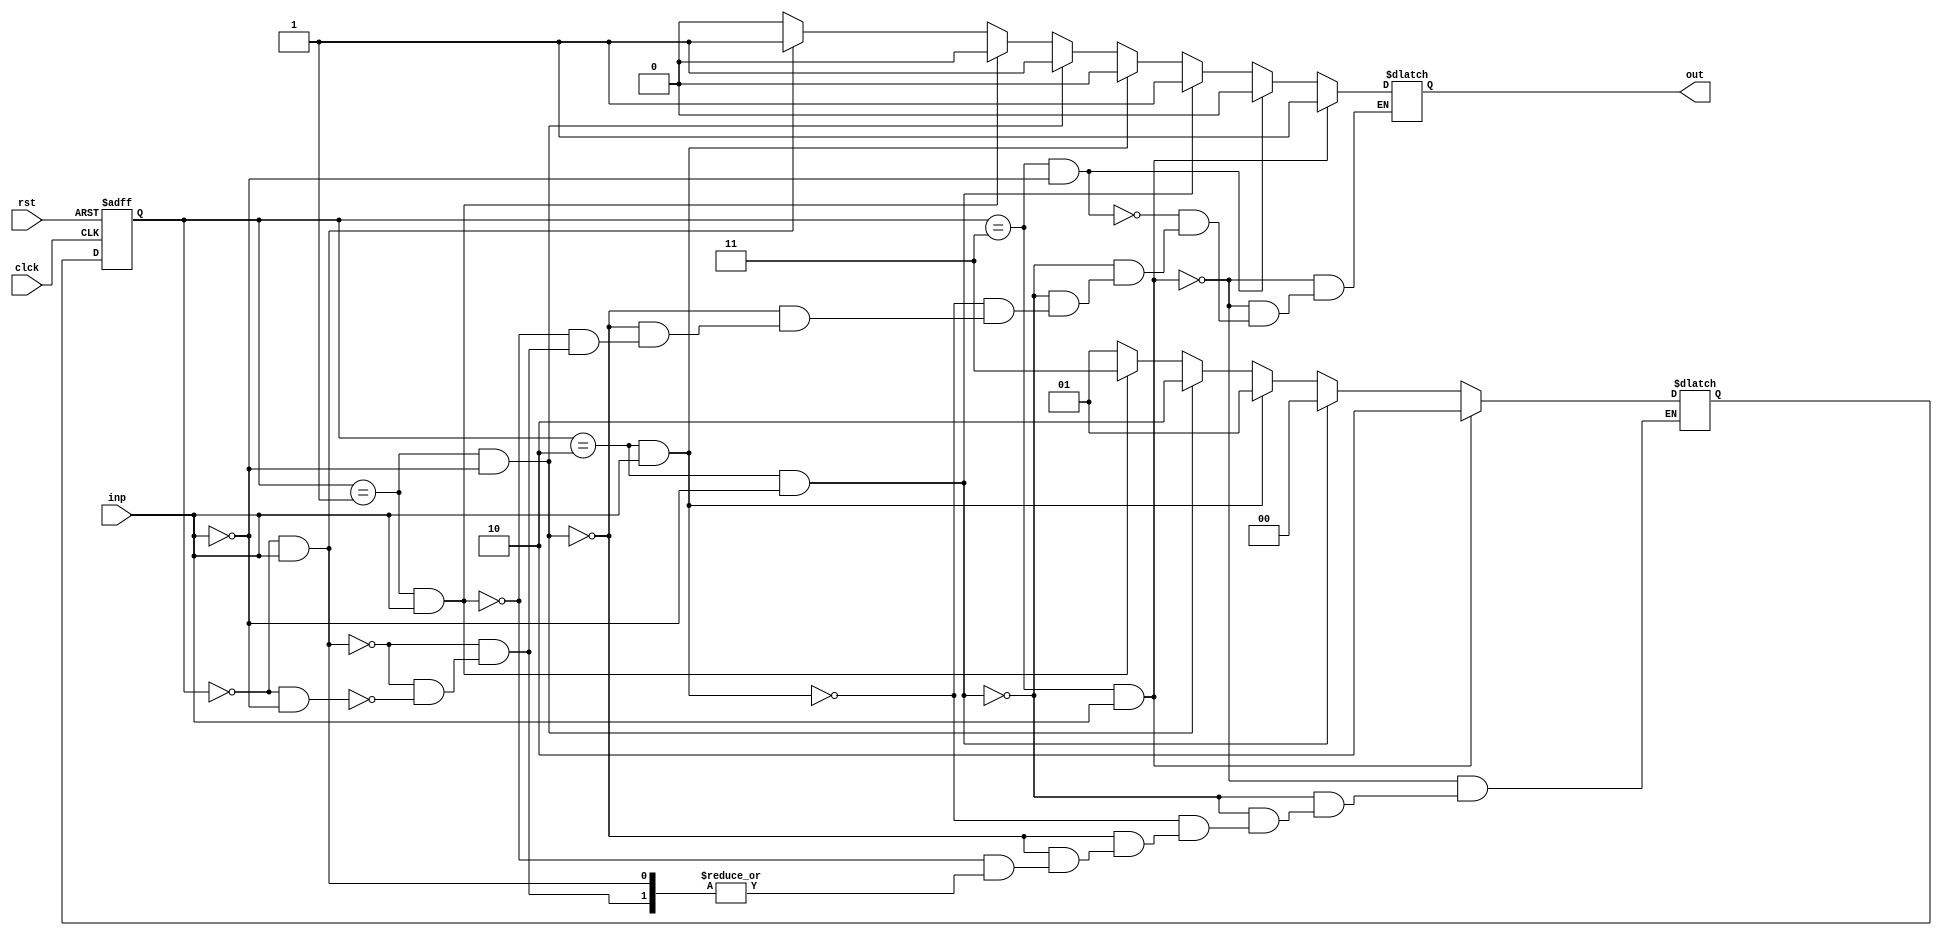
///////////////////////////////////////design block///////////////////////////////////
module Mealy_model(clck,rst,inp,out);
input inp,clck,rst;
output reg out;
reg [1:0] present_state,next_state;
parameter s0 = 2'b00,
          s1 = 2'b01,
			 s2 = 2'b10,
			 s3 = 2'b11;
initial
begin
present_state <= 2'b00;
next_state <= 2'b00;
end
always @(posedge clck,posedge rst)
begin
if (rst)
present_state = s0;
else
present_state = next_state;
end
always @(present_state,inp)
begin
if (present_state == s0 & inp == 1'b1)
out = 1'b1;
else if (present_state == s0 & inp == 1'b0)
begin
next_state = s1;
out = 1'b0;
end
if (present_state == s1 & inp == 1'b0)
begin
out = 1'b1;
next_state = s2;
end
else if (present_state == s1 & inp == 1'b1)
begin
out = 1'b0;
next_state = s3;
end
if (present_state == s2 & inp == 1'b0)
begin
out = 1'b1;
next_state = s0;
end
else if (present_state == s2 & inp == 1'b1)
begin
out = 1'b0;
next_state = s1;
end
if (present_state == s3 & inp == 1'b1)
begin
out = 1'b1;
next_state = s2;
end
else if (present_state == s3 & inp == 1'b0)
out = 1'b0;
end
endmodule